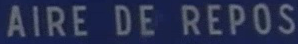
AIRE DE REPOS